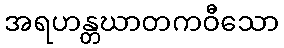
အရဟန္တဃာတကဝီသော